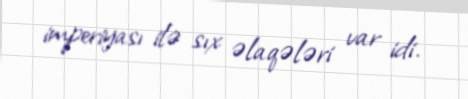
imperiyası ilə sıx əlaqələri var idi.